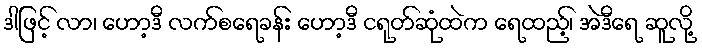
ဒါဖြင့် လာ၊ ဟော့ဒီ လက်စရေခန်း ဟော့ဒီ ငရုတ်ဆုံထဲက ရေထည့်၊ အဲဒီရေ ဆူလို့